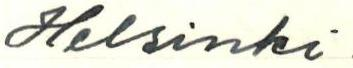
Helsinki